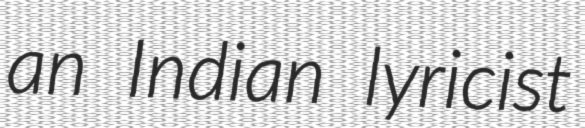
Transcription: an Indian lyricist